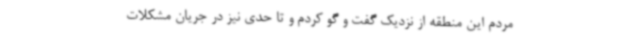
مردم این منطقه از نزدیک گفت و گو کردم و تا حدی نیز در جریان مشکلات